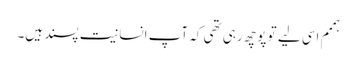
ہممم اسی لیے تو پوچھ رہی تھی کہ آپ انسانیت پسند ہیں۔